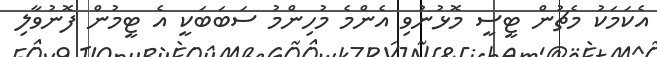
އެކަމަކު މެޗުން ޓީސީ މޮޅުނުވި އެންމެ މުހިންމު ސަބަބަކީ އެ ޓީމުން ފޮނުވާލި